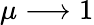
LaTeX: \mu\longrightarrow 1